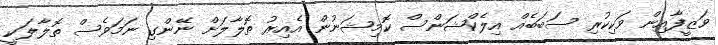
ވަޒީފާއިން ވަކިކުރި ސަބަބެއް އިލެކްޝަންސް ކޮމިޝަނުން އެއިރު ތޮލާލަށް ނޭންގި ނަމަވެސް ތޮލާލަކީ